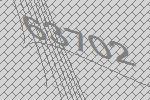
63702